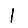
Digit: 1